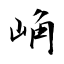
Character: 崅